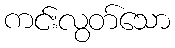
ကင်းလွတ်သော